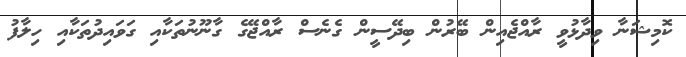
ކޮމިޝަނާ ވިދާޅުވީ ރާއްޖެއިން ބޭރުން ބިދޭސީން ގެނެސް ރާއްޖޭގެ ގާނޫނުތަކާއި ގަވައިދުތަކާއި ހިލާފު